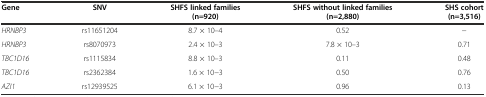
| Gene | SNV | SHFS linked families (n=920) | SHFS without linked families (n=2,880) | SHS cohort (n=3,516) |
 | --- | --- | --- | --- | --- |
 | HRNBP3 | rs11651204 | 8.7 × 10–4 | 0.52 | − |
 | HRNBP3 | rs8070973 | 2.4 × 10–3 | 7.8 × 10–3 | 0.71 |
 | TBC1D16 | rs1115834 | 8.8 × 10–3 | 0.11 | 0.48 |
 | TBC1D16 | rs2362384 | 1.6 × 10−3 | 0.50 | 0.76 |
 | AZI1 | rs12939525 | 6.1 × 10−3 | 0.96 | 0.13 |